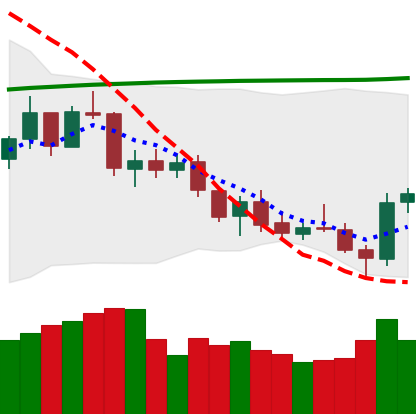
Ticker: ETH-USD
Chart end date: 2021-07-22
Forward return: 13.487%
Label: up_7plus